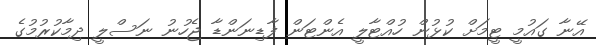
އޭނާ ގައުމީ ޓީމަށް ކުޅުން ހުއްޓާލީ އެންޓަން ފާޑިނަންޑާ ޖެހުނު ނަސްލީ ދިމާކުރުމުގެ